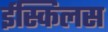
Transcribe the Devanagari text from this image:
ईस्किलस